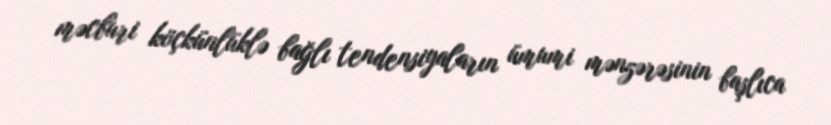
məcburi köçkünlüklə bağlı tendensiyaların ümumi mənzərəsinin başlıca